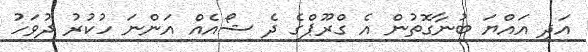
އަދި އައްޔަ ބުނާގޮތުން އެ ގްރޫޕްގެ ދެ ޝޯއެއް އަންނަ ހުކުރު ދުވަހު